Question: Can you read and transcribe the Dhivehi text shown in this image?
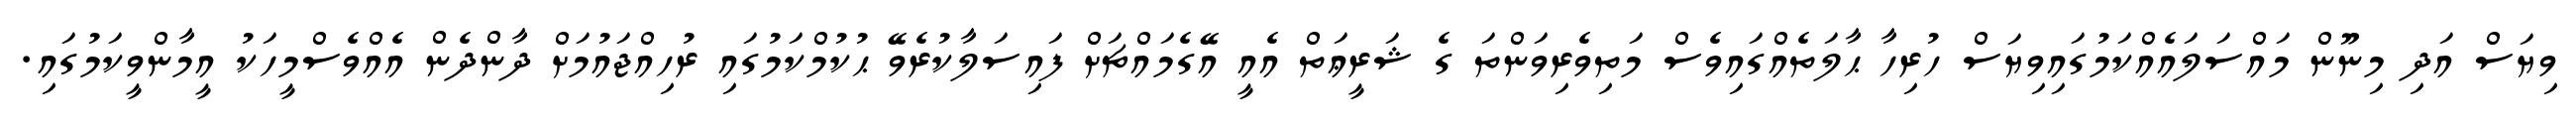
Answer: ވިޔަސް އަދި މިނޫން މައްސަލައެއްކަމުގައިވިޔަސް ހުރިހާ ޙާލަތެއްގައިވެސް މަތިވެރިވަންތަ ގެ ޝަރީޢަތް އެއީ އޭގެމައްޗަށް ފައިސަލާކުރެވޭ ޙުކުމްކަމުގައި ރުހިއްޖައުމަށް ދާންދެން އެއްވެސްމީހަކު އީމާންވީކަމުގައި.